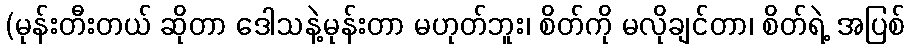
(မုန်းတီးတယ် ဆိုတာ ဒေါသနဲ့မုန်းတာ မဟုတ်ဘူး၊ စိတ်ကို မလိုချင်တာ၊ စိတ်ရဲ့ အပြစ်